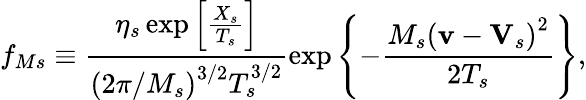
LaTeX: f_{Ms}\equiv\frac{\eta_{s}\exp\left[\frac{X_{s}}{T_{s}}\right]}{\left(2\pi/M_{s}\right)^{3/2}T_{s}^{3/2}}\exp\left\{ -\frac{M_{s}\left(\mathbf{v}-\mathbf{V}_{s}\right)^{2}}{2T_{s}}\right\} ,